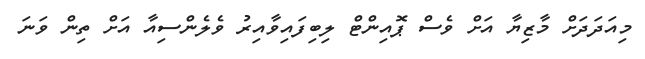
މިއަދަދަށް މާޒިޔާ އަށް ވެސް ޕޮއިންޓް ލިބިފައިވާއިރު ވެލެންސިއާ އަށް ތިން ވަނަ